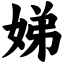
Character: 娣